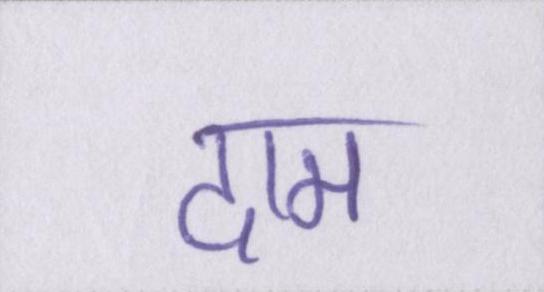
दाम